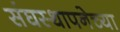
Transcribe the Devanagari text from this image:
संघस्थापनेच्या